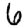
Digit: 6